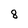
Character: 8